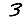
Digit: 3